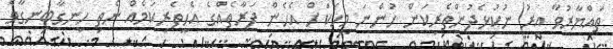
ތައްޔާރުވާ އިރު ނުކުޅެދުންތެރިކަން ހުންނަ މީހަކަށް އެހެން ފަރާތެއްގެ އެހީތެރިކަމެއް ނެތި ހިނގާބިނގާވެ